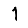
Digit: 1